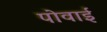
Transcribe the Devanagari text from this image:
पोवाई